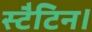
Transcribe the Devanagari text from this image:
स्टैटिन।